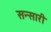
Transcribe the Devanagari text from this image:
सन्सारी